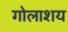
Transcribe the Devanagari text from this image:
गोलाशय